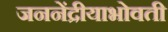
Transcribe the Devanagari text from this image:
जननेंद्रीयाभोवती